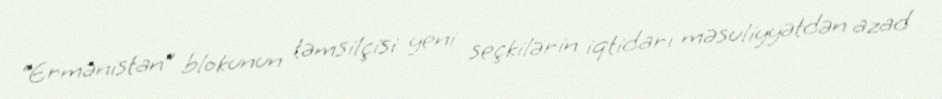
“Ermənistan” blokunun təmsilçisi yeni seçkilərin iqtidarı məsuliyyətdən azad